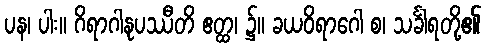
ပန၊ ပါး။ ဂိရာဂါနုပဿီတိ ဧတ္ထ၊ ၌။ ခယဝိရာဂေါ စ၊ သင်္ခါရတို့၏